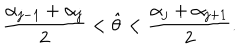
{ \frac { \alpha _ { j - 1 } + \alpha _ { j } } { 2 } } < \hat { \theta } < { \frac { \alpha _ { j } + \alpha _ { j + 1 } } { 2 } } .